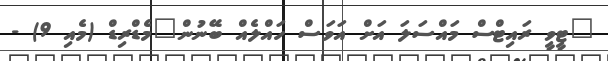
"ޓީވީ ރައިޓްސް މައްސަލަ އަށް އަވަސް ހައްލެއް ބޭނުން"މެޑްރިޑް (މެއި 9) -